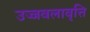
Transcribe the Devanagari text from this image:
उज्जवलावृत्ति